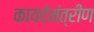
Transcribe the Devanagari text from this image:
कायदेमंत्रीण